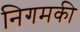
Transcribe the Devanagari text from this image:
निगमकी